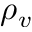
\rho _ { v }